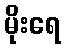
မိုးရေ